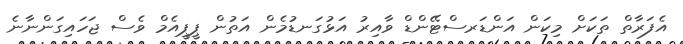
އެފަރާތް ތަކަށް މިކަން އަންޑަރސްޓޭންޑް ވާއިރު އަޅުގަނޑުމެން އަތުން ޕީޕީއެމް ވެސް ޖަހައިގަންނާނެ